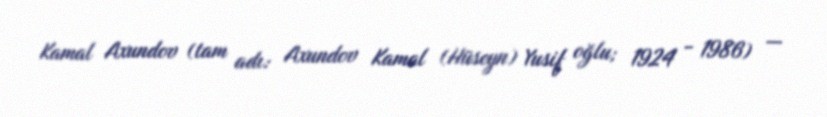
Kamal Axundov (tam adı: Axundov Kamal (Hüseyn) Yusif oğlu; 1924 - 1986) —